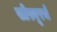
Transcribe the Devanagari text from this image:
सोस्यूरचे